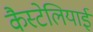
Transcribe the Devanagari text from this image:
कैस्टेलियाई